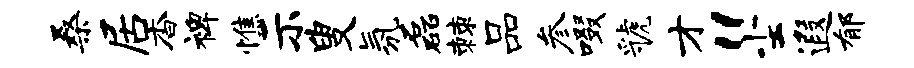
桑居杳裨憔示叟氛磊棘品参啜虢才“尘遐郁